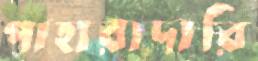
পাহারাদারি